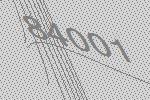
84001